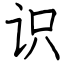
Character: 识